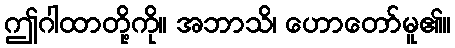
ဤဂါထာတို့ကို။ အဘာသိ၊ ဟောတော်မူ၏။